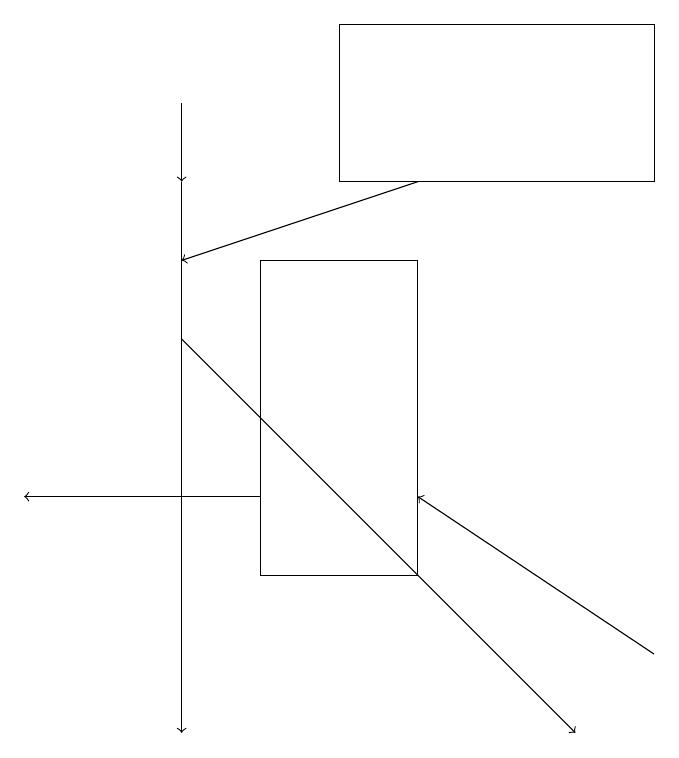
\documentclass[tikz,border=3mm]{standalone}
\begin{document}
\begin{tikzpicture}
\draw[->] (3,18) -- (3,17);
\draw (5,19) rectangle (9,17);
\draw[->] (4,13) -- (1,13);
\draw[->] (3,17) -- (3,10);
\draw (4,12) rectangle (6,16);
\draw[->] (6,17) -- (3,16);
\draw[->] (3,15) -- (8,10);
\draw[->] (9,11) -- (6,13);
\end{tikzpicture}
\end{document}